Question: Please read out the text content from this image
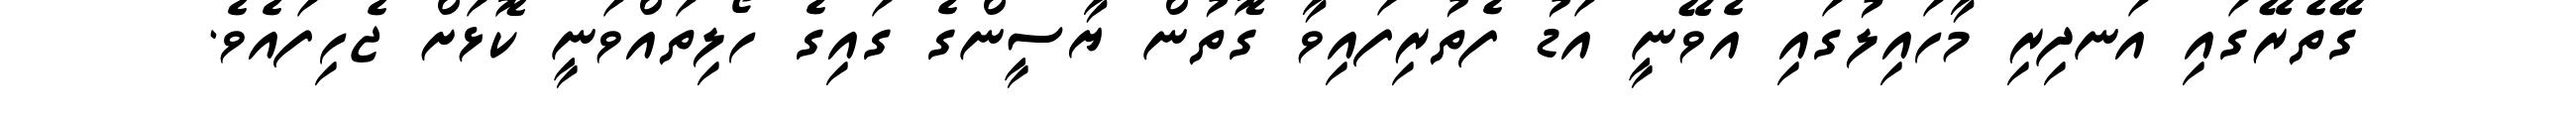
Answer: ގޭތެރޭގައި އަނދިރި މާހައިލުގައި އެވޭނީ އަޑު ފެތުރިފައިވާ ގޮތުން ޔާސީންގެ ގައިގެ ހޯލިތައްވަނީ ކޮޅަށް ޖެހިފައެވެ.